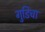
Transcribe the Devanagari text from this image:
गुडिचा